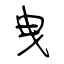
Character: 曳